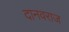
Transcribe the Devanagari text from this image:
दानवराज